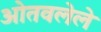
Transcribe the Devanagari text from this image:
ओतवलेले